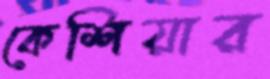
কেশিয়ার